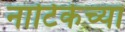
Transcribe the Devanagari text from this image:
नाटिकेच्या